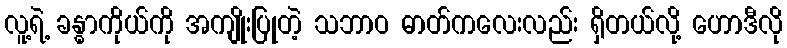
လူ့ရဲ့ ခန္ဓာကိုယ်ကို အကျိုးပြုတဲ့ သဘာဝ ဓာတ်ကလေးလည်း ရှိတယ်လို့ ဟောဒီလို